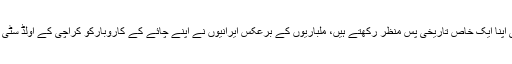
اسی طرح ایرانی ہوٹل بھی اپنا ایک خاص تاریخی پس منظر رکھتے ہیں، ملباریوں کے برعکس ایرانیوں نے اپنے چائے کے کاروبارکو کراچی کے اولڈ سٹی ایریا تک ہی محدود رکھا۔